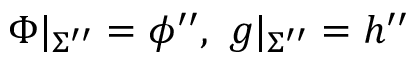
\Phi | _ { \Sigma ^ { \prime \prime } } = \phi ^ { \prime \prime } , ~ g | _ { \Sigma ^ { \prime \prime } } = h ^ { \prime \prime }